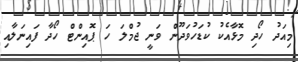
މިއަދު ހޯދި މޮޅާއެކު ކުޑަހުވަދޫން ވަނީ ޖުމްލަ ހަ ޕޮއިންޓް ހޯދާ ފައިނަލާއި